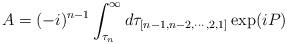
LaTeX: \begin{align*}A=(-i)^{n-1}\int_{\tau_n}^\infty d\tau_{[n-1,n-2,\cdots,2,1]}\exp(iP)\,\end{align*}